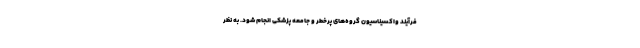
فرآیند واکسیناسیون گروه‌های پرخطر و جامعه پزشکی انجام شود. به نظر